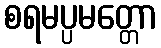
စရမပ္ပမတ္တော